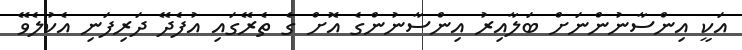
އަކީ އިންސާނުންނަށް ބަލާއިރު އިންސާނުންގެ އޮށް ގެ ތެރޭގައި އުފެދޭ ދަރިފަނި އެކުލެވޭ